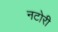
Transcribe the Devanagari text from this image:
नटोरी